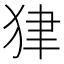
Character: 𤝽